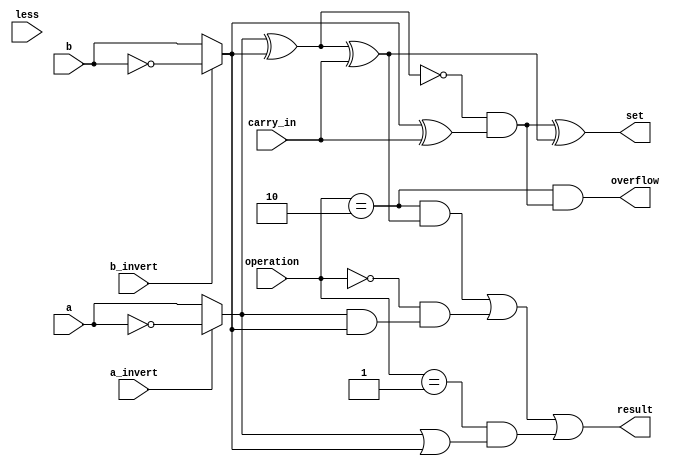
`timescale 1ns / 1ps
// <your student id> 111550088

/* checkout FIGURE C.5.10 (Bottom) */
/* [Prerequisite] complete bit_alu.v */
module msb_bit_alu (
    input        a,          // 1 bit, a
    input        b,          // 1 bit, b
    input        less,       // 1 bit, Less
    input        a_invert,   // 1 bit, Ainvert
    input        b_invert,   // 1 bit, Binvert
    input        carry_in,   // 1 bit, CarryIn
    input  [1:0] operation,  // 2 bit, Operation
    output       result,     // 1 bit, Result (Must it be a reg?)
    output       set,        // 1 bit, Set
    output       overflow    // 1 bit, Overflow
);
    wire ai, bi, sum, over; // need to be change
    assign ai = (a_invert == 1)? ~a: a;
    assign bi = (b_invert == 1)? ~b : b;
    
    assign sum = ai ^ bi ^ carry_in;
    assign over = ~(ai ^ bi) & (bi ^ carry_in);
    assign overflow = (operation == 2'b10) & over;
    assign set = over ^ sum;
    assign result = ((operation == 2'b10) & sum) | ((operation == 2'b00) & (ai & bi)) | ((operation == 2'b01) & (ai | bi));
    /* Try to implement the most significant bit ALU by yourself! */

endmodule